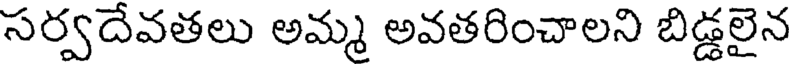
సర్వదేవతలు అమ్మ అవతరించాలని బిడ్డలైన